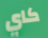
كاي